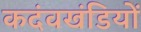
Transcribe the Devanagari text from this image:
कदंवखंडियों